Calcutta medical institutions reports 1892-1900
Year: 1892
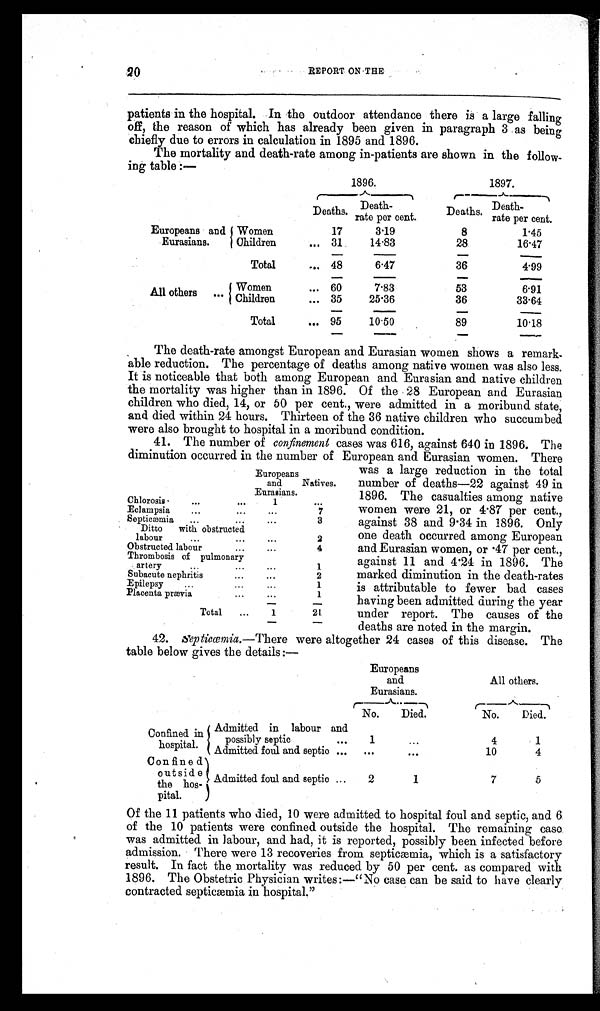
20
REPORT ON THE
patients in the hospital. In the outdoor attendance there is a large falling
off, the reason of which has already been given in paragraph 3 as being
chiefly due to errors in calculation in 1895 and 1896.
The mortality and death-rate among in-patients are shown in the follow-
ing table :—
1896.
1897.
Deaths.
Death-
rate per cent.
Deaths. Death-
rate per cent.
Europeans and
Eurasians.
Women
17
3.19
8
1.45
Children
... 31
14.83
28
16.47
Total
... 48
6.47
36
4.99
All others .. . Women
... 60
7.83
53
6.91
Children
... 35
25.36
36
33.64
Total
... 95
10.50
89
10.18
The death-rate amongst European and Eurasian women shows a remark-
able reduction. The percentage of deaths among native women was also less.
It is noticeable that both among European and Eurasian and native children
the mortality was higher than in 1896. Of the 28 European and Eurasian
children who died, 14, or 50 per cent., were admitted in a moribund state,
and died within 24 hours. Thirteen of the 36 native children who succumbed
were also brought to hospital in a moribund condition.
41. The number of confinement cases was 616, against 640 in 1896. The
diminution occurred in the number of European and Eurasian women. There
Europeans
and
Eurasians.
Natives.
Chlorosis
...
...
1
...
Eclampsia
. . .
...
...
7
Septicæmia
...
...
...
3
Ditto with obstructed
labour
...
...
. . .
2
Obstructed labour
...
...
4
Thrombosis of pulmonary
artery
...
...
...
1
Subacute nephritis
...
. . .
2
Epilepsy
...
...
. . .
1
Placenta prævia
...
. . .
1
Total
...
1
21
was a large reduction in the total
number of deaths—22 against 49 in
1896. The casualties among native
women were 21, or 4.87 per cent.,
against 38 and 9.34 in 1896. Only
one death occurred among European
and Eurasian women, or .47 per cent.,
against 11 and 4.24 in 1896. The
marked diminution in the death-rates
is attributable to fewer bad cases
having been admitted during the year
under report. The causes of the
deaths are noted in the margin.
42. Septicœmia. —There were altogether 24 cases of this disease. The
table below gives the details:—
Europeans
and
Eurasians.
All others.
No.
Died.
No.
Died.
Confined in
hospital.
Admitted in labour and
possibly septic
. . .
1
...
4
1
Admitted foul and septic ...
...
. . .
10
4
Confined
outside
the hos-
pital.
Admitted foul and septic ...
2
1
7
5
Of the 11 patients who died, 10 were admitted to hospital foul and septic, and 6
of the 10 patients were confined outside the hospital. The remaining case
was admitted in labour, and had, it is reported, possibly been infected before
admission. There were 13 recoveries from septicæmia, which is a satisfactory
result. In fact the mortality was reduced by 50 per cent. as compared with
1896. The Obstetric Physician writes:—"No case can be said to have clearly
contracted septicæmia in hospital."